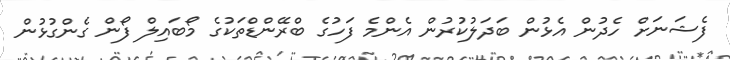
ފެޝަނަށް ހެދުން އެޅުން ބަދަލުކުރުން އެންމެ ފަހުގެ ބްރޭންޑްތަކުގެ މޯބައިލް ފޯން ގެންގުޅުން